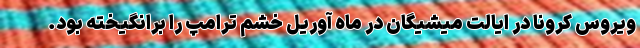
ویروس کرونا در ایالت میشیگان در ماه آوریل خشم ترامپ را برانگیخته بود.